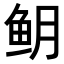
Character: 𬶈